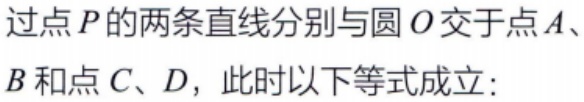
过点\(P\)的两条直线分别与圆\(O\)交于点\(A\)、\(B\)和点\(C\)、\(D\)，此时以下等式成立：